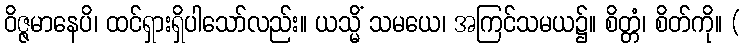
ဝိဇ္ဇမာနေပိ၊ ထင်ရှားရှိပါသော်လည်း။ ယသ္မိံ သမယေ၊ အကြင်သမယ၌။ စိတ္တံ၊ စိတ်ကို။ (